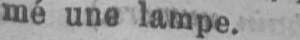
mé une lampe.